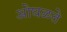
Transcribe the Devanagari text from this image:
ओघळते